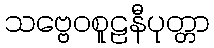
သဗ္ဗေဝစူဠနီပုတ္တာ